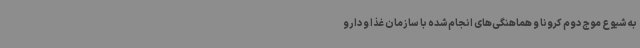
به شیوع موج دوم کرونا و هماهنگی‌های انجام‌شده با سازمان غذا و دارو